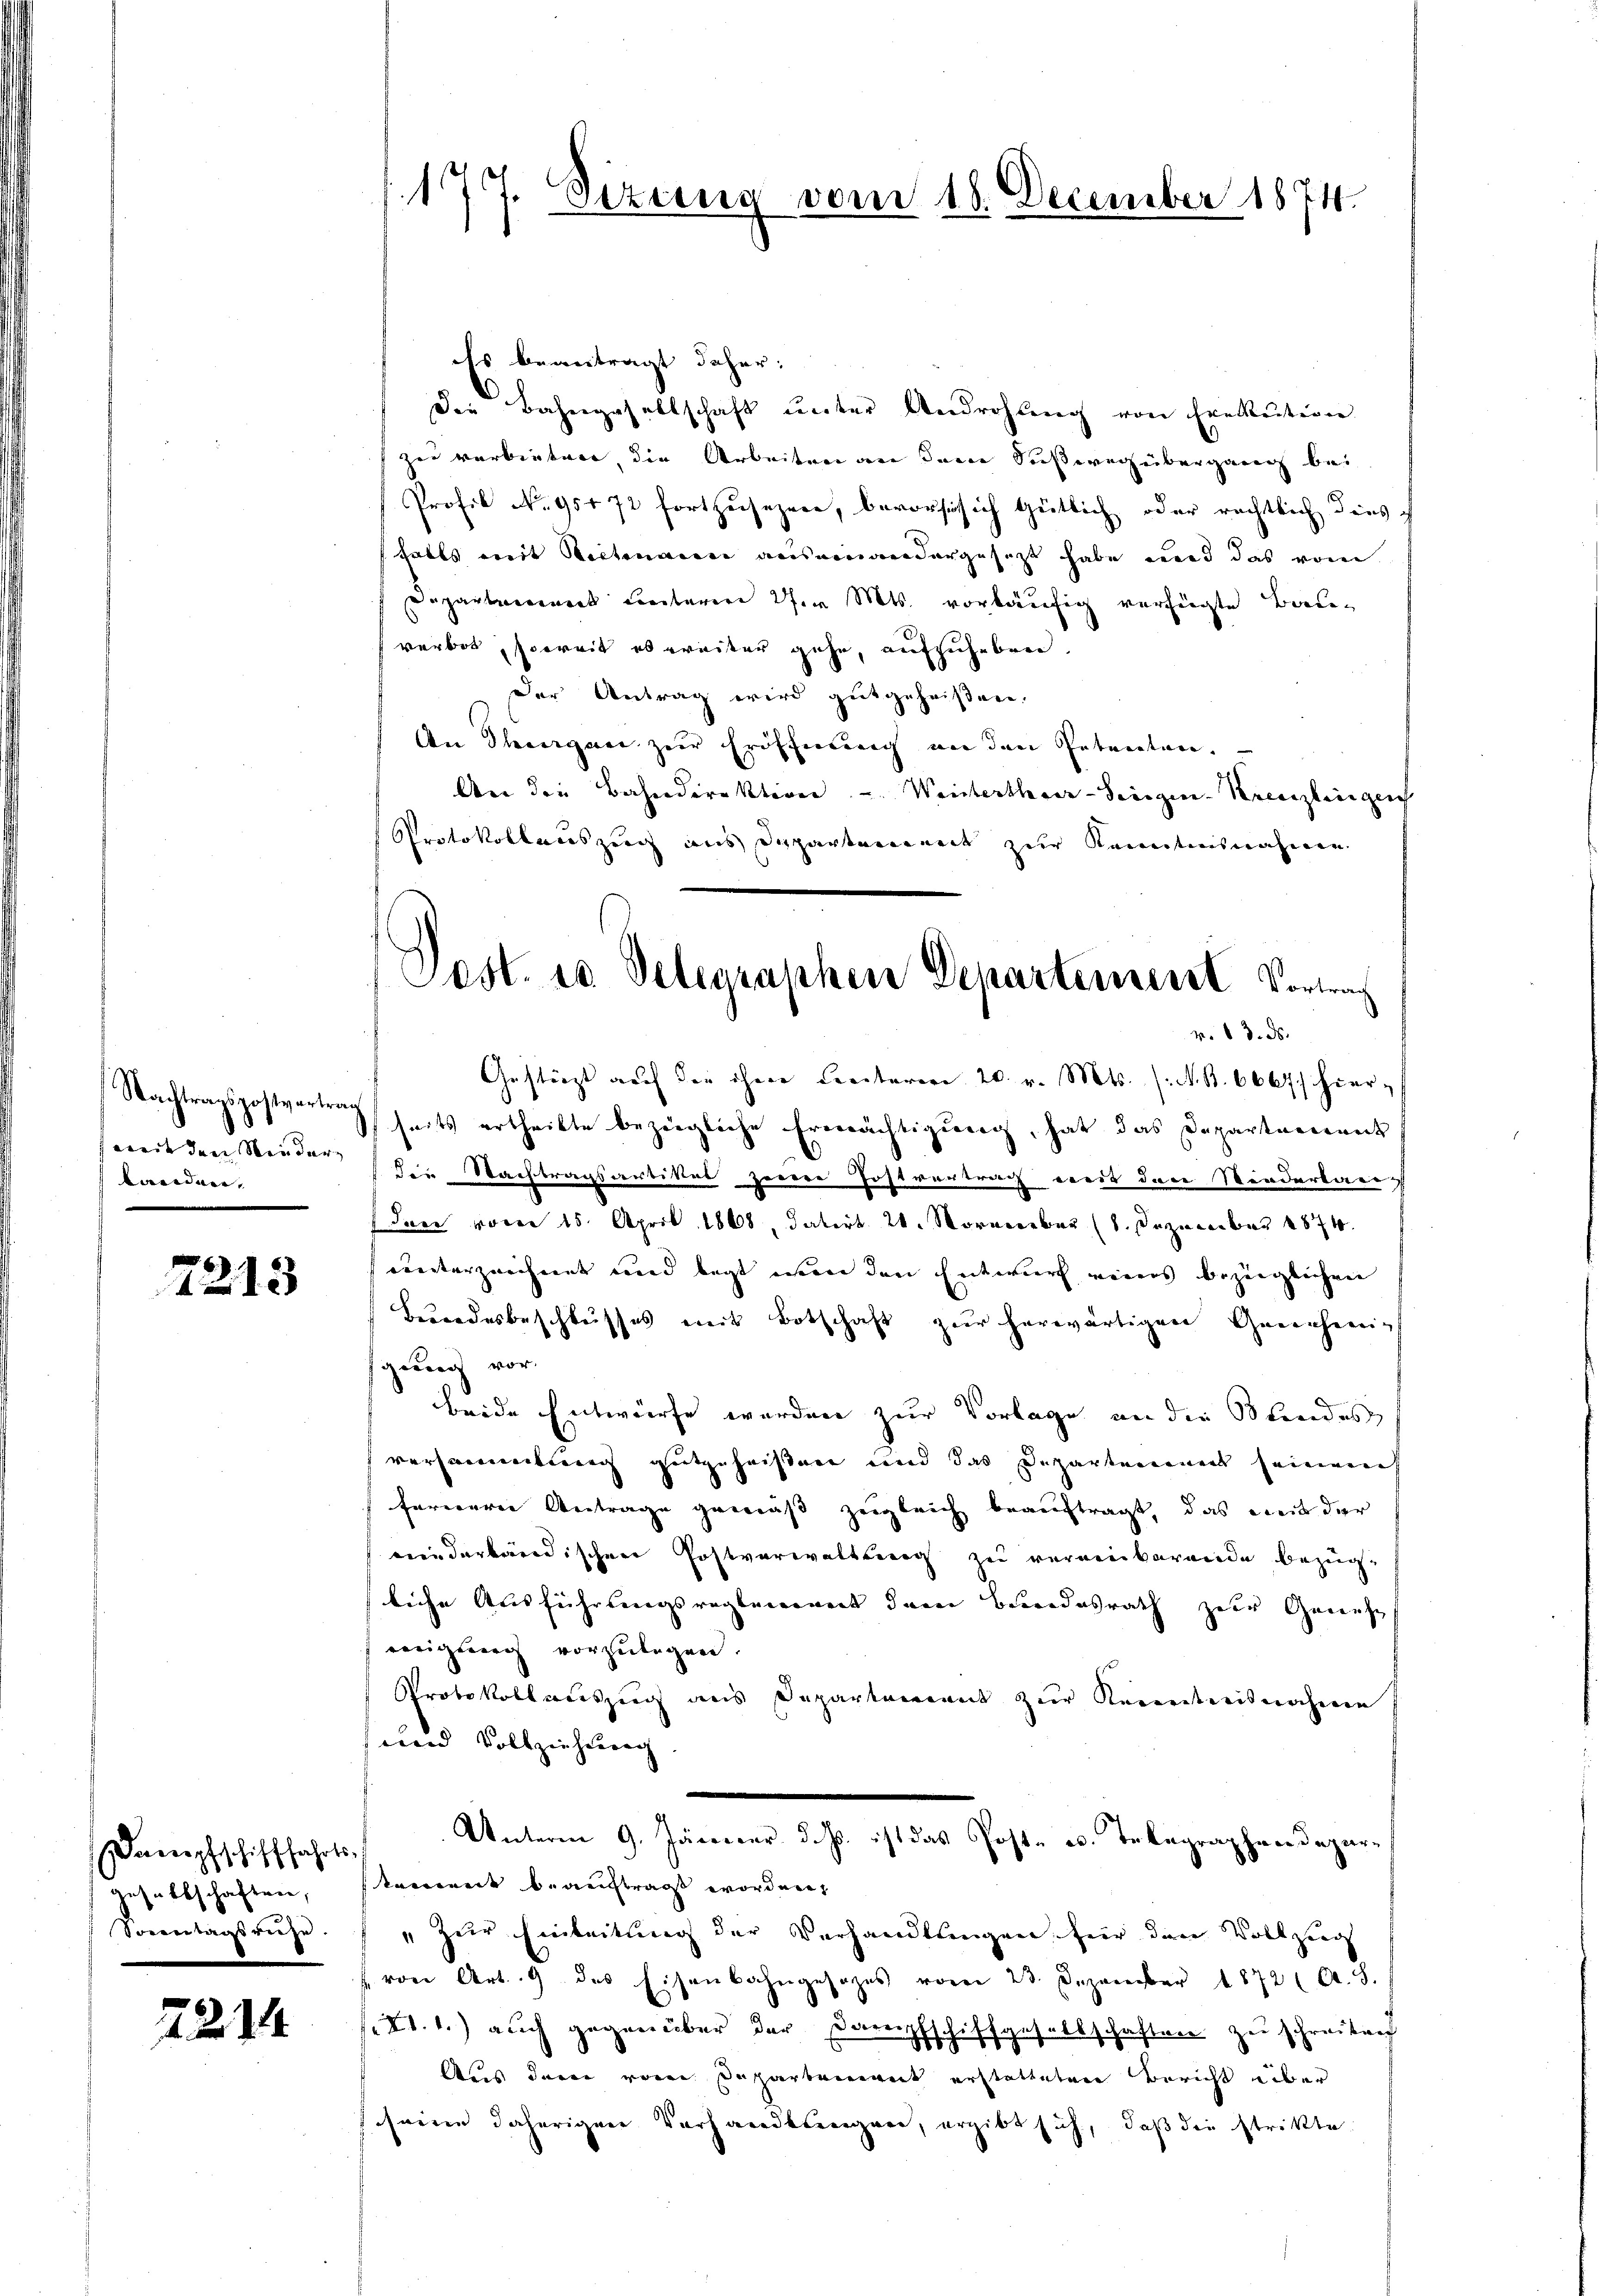
Nachtragspostvertrag
weit den Minder- |
laendner,

7213

gesaltschaften,
Sonntagsruhe.

721

177. Sizung vom 18. December 1874.

Es beantragt daher:
die Bahngesellschaft unter Androhung von Exekution
zer verbieten, die Arbeiten an dem Sesserer übergang bei
Profil No 95472 fortzusehene, bevorsi sich gütlich oder rechtlich dies ich
sfalls mit Nachmann auseinandergesezt habe und das vom
Departement unterm 27. v. Mts. vorläufig verfügte Bauverbot, soweit es weiter gehe, aufzuheben
Der Antrag wird gutgeheißen,
An Thurgau zur Eröffnung an den Petenten.
An die Bahndirektion - Weinterther-Seegen-Kreuzlingen
Protokollauszeig aus Departennert zur Kenntnisnahmen
Gestürzt auf die ihre Centarere 20. v. Mts. /: M. B. 6667/ hierseits ertheilte beziegliche Erwerächtigung, hat das Departement
die Nachtragsartikel zerere Postvertrag weit der Winderbaug
Den vom 15. April 1868, datirt. 21. November (1. Dezember 1874.
unterzeichnet und legt nun den Entwurf eines bezüglichen
Beundesbeschlusses mit Botschaft zur herwärtigen Genehmig
gung vor.
beide Entwürfe werden zur Vorlage an die Standes
versammelung gutgeheiften und das Departement seinen
farererer Antrage gemäß zugleich beauftragt, das weit der
wiederbändischen Postverwaltung zu vernenbarende bezüg-
liche Ausführungsreglement dem Bundesrath zur Genuss
eigung vorzulegen.
Protokollauszug aus Departement zur Kecretarismacheren
cuard Vollzeichnurech
Dampfschifffahrts. Unterm 9. Jänner d. Js. ist das Post- u. Telegraphendepar-
kament beauftragt worden,
"zur Einteilung der Verhandlungen für den Vollzug
von Art. 9 des Eisenbahngesetzes vom 23. Dezember 1872 Al. 8.
X. 1.) auch gegenüber der Dampfschiffgesellschaften zu schreiben
Aus daran von Departenwerk erstatteten Bericht über
seine daherigen Vorhandlungen, ergibt sich, daß die stritte

Post. es Delegraphen Departement Sorten
v. 13. ds.